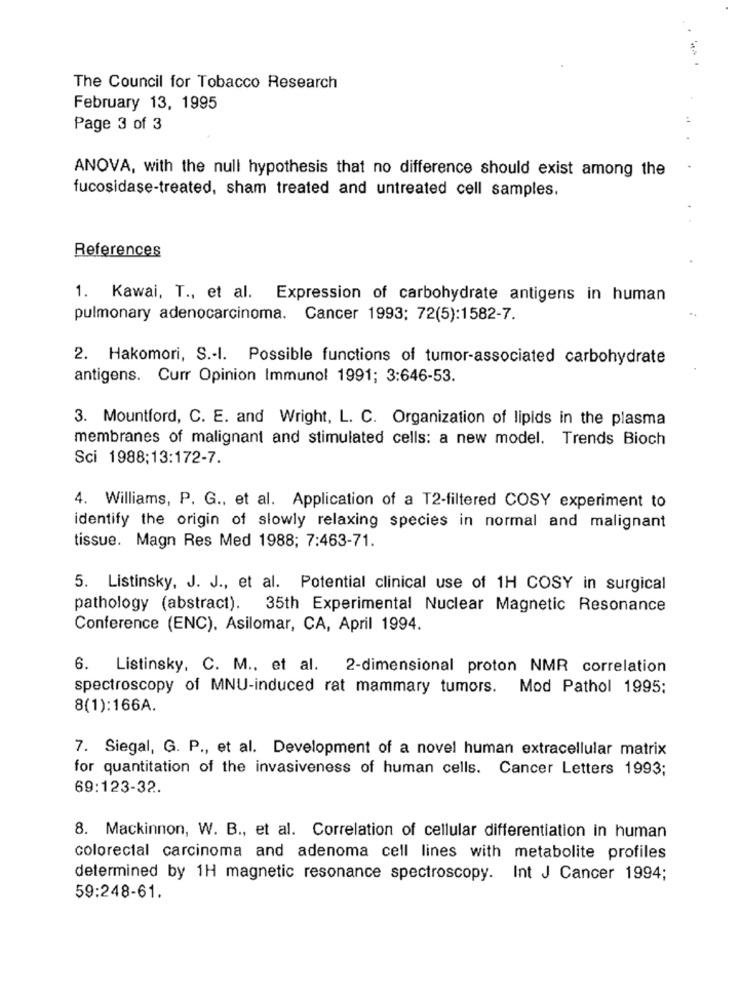
The Council for Tobacco Research
February 13, 1995
Page 3 of 3
ANOVA, with the null hypothesis that no difference should exist among the
fucosidase-treated, sham treated and untreated cell samples.
References
1. Kawai, T ., et al. Expression of carbohydrate antigens in human
pulmonary adenocarcinoma. Cancer 1993; 72(5):1582-7.
2. Hakomori, S .- I. Possible functions of tumor-associated carbohydrate
antigens. Curr Opinion Immunol 1991; 3:646-53.
3. Mountford, C. E. and Wright, L. C. Organization of lipids in the plasma
membranes of malignant and stimulated cells: a new model. Trends Bioch
Sci 1988;13:172-7.
4. Williams, P. G ., et al. Application of a T2-filtered COSY experiment to
identify the origin of slowly relaxing species in normal and malignant
tissue. Magn Res Med 1988; 7:463-71.
5. Listinsky, J. J ., et al. Potential clinical use of 1H COSY in surgical
pathology (abstract). 35th Experimental Nuclear Magnetic Resonance
Conference (ENC). Asilomar, CA, April 1994.
6. Listinsky, C. M ., et al. 2-dimensional proton NMR correlation
spectroscopy of MNU-induced rat mammary tumors. Mod Pathol 1995;
8(1):166A.
7. Siegal, G. P ., et al. Development of a novel human extracellular matrix
for quantitation of the invasiveness of human cells. Cancer Letters 1993;
69:123-32.
8. Mackinnon, W. B ., et al. Correlation of cellular differentiation in human
colorectal carcinoma and adenoma cell lines with metabolite profiles
determined by 1H magnetic resonance spectroscopy. Int J Cancer 1994;
59:248-61.